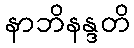
နာဘိနန္ဒတိ